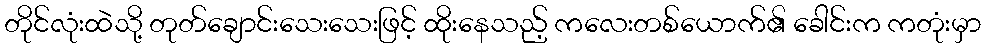
တိုင်လုံးထဲသို့ တုတ်ချောင်းသေးသေးဖြင့် ထိုးနေသည့် ကလေးတစ်ယောက်၏ ခေါင်းက ကတုံးမှာ